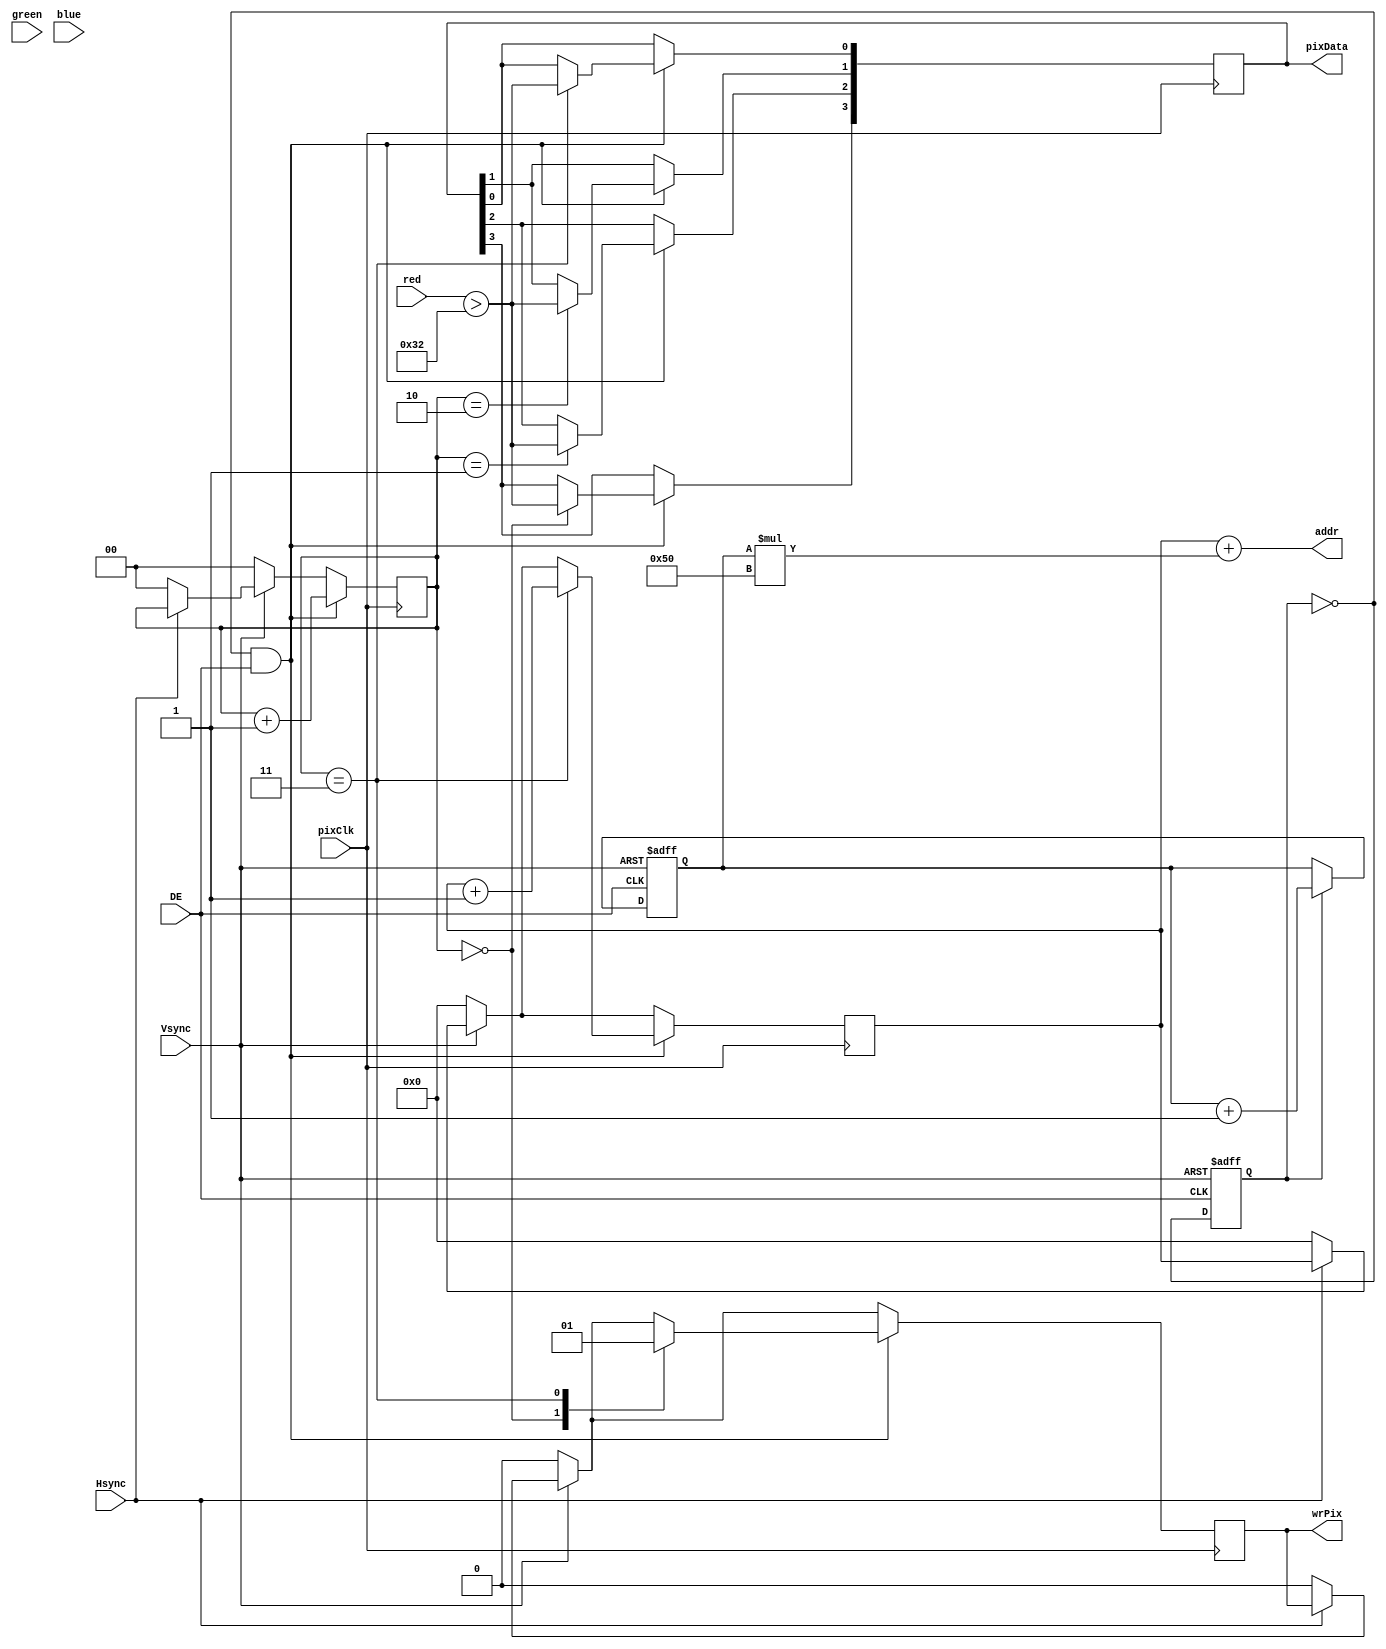
module input_proc_mono (DE, pixClk, Vsync, Hsync, red, green, blue, addr, pixData, wrPix);

input [7:0] red, green, blue;
input DE, pixClk, Vsync, Hsync;
output [14:0] addr;
output [3:0]  pixData;
output wrPix;

reg debug = 0;
reg [3:0]  pixData;
reg [1:0]  pixCounter;
reg lineOdd;
reg wrPix;
reg [14:0] lineCounter;
reg [14:0] colCounter;

assign addr = colCounter+(lineCounter*15'h0050);

//assign addr = 16'h0000;

always @ (posedge pixClk) begin
	if (!Hsync) begin 
		colCounter <= 15'h0000;
		wrPix <= 0;
		pixCounter <= 0;
	end
	if (!Vsync) begin
		colCounter <= 15'h0000;
		wrPix <= 0;
		pixCounter <= 0;
	end
	if (!lineOdd && DE) begin
		case (pixCounter)
			0: begin
				wrPix <= 0;
				pixData[3] <= red > 50;
			end
			1: begin
				pixData[2] <= red > 50;
			end
			2: begin
				pixData[1] <= red > 50;
			end
			3: begin
				pixData[0] <= red > 50;
				wrPix <= 1;
				colCounter <= colCounter +15'h0001;
			end
		endcase
		
		pixCounter <= pixCounter +1;
		
	end
	
end

always @ (negedge Vsync or negedge DE) begin
	if (Vsync == 0) begin 
		lineCounter <= 0;
		lineOdd <= 0;
	end else begin
		lineOdd <= !lineOdd;
		if (lineOdd) lineCounter <= lineCounter +15'h0001;
	end

end

endmodule